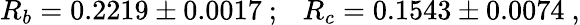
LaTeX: R_{b}=0.2219\pm 0.0017~;~~~R_{c}=0.1543\pm 0.0074~,